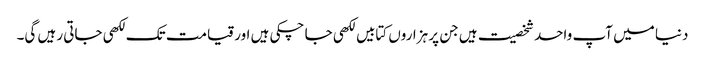
دنیا میں آپ واحد شخصیت ہیں جن پر ہزاروں کتابیں لکھی جا چکی ہیں اور قیامت تک لکھی جاتی رہیں گی۔